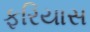
ફરિયાસ